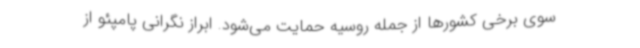
سوی برخی کشورها از جمله روسیه حمایت می‌شود. ابراز نگرانی پامپئو از